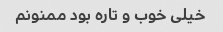
خیلی خوب و تاره بود ممنونم